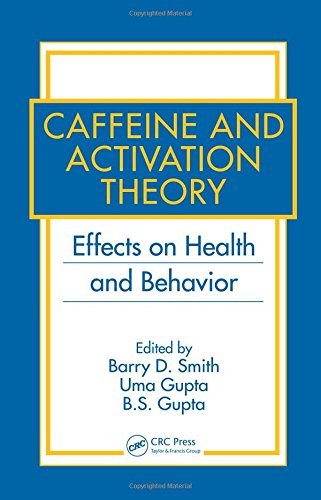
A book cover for Caffeine and Activation Theory: Effects on Health and Behavior; Health, Fitness & Dieting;